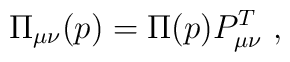
\Pi_{\mu\nu}(p)=\Pi(p)P^T_{\mu\nu}\ ,